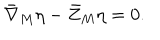
{ \bar { \nabla } } _ { M } \eta - { \bar { Z } } _ { M } \eta = 0 .